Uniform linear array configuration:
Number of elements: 4
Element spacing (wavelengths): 1
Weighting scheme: binomial
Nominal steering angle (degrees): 0
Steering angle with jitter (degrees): -1.698
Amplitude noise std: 0.05
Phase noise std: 0.05

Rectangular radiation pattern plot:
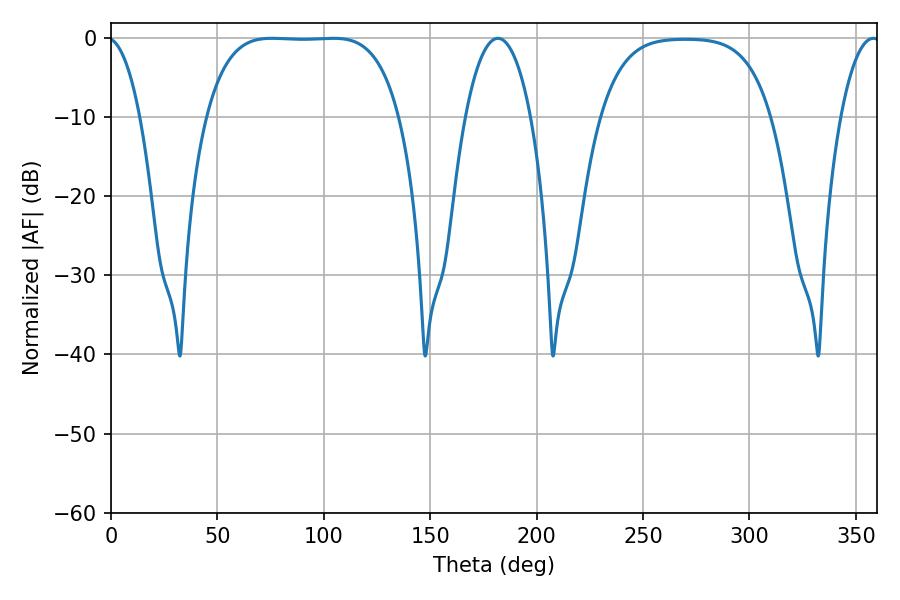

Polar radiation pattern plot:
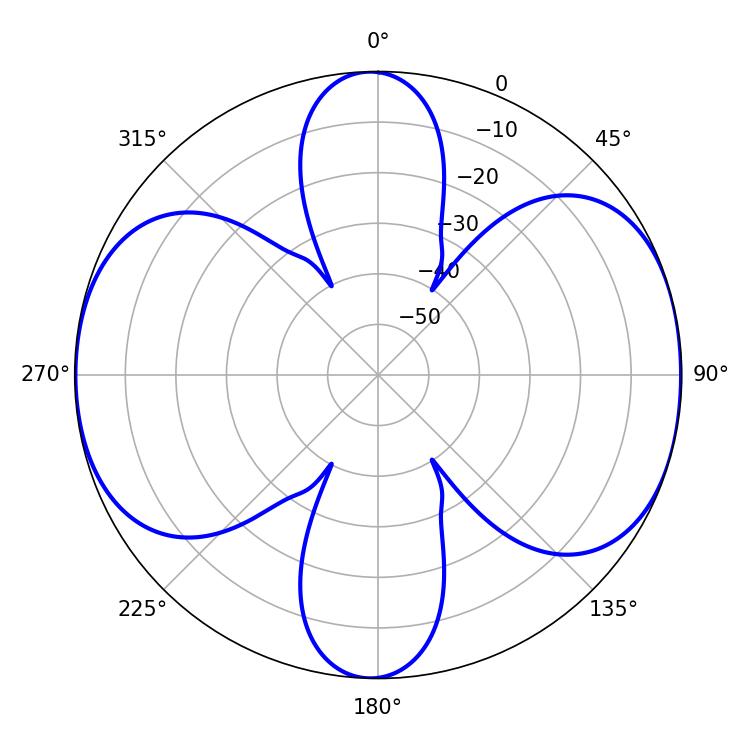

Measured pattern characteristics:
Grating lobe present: TRUE
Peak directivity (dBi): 9.904
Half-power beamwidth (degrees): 70.2
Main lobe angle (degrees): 75.6